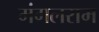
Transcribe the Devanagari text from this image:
मंगलराम